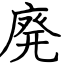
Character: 廃